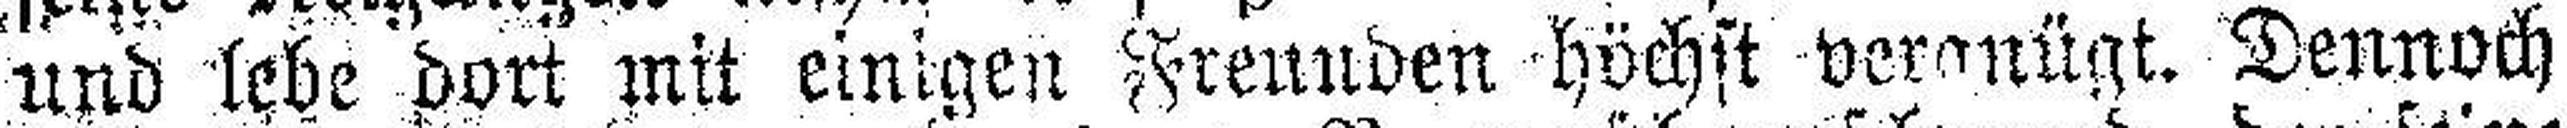
und lebe dort mit einigen Freunden höchst vergnügt. Dennoch